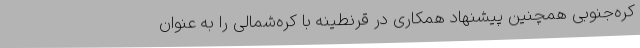
کره‌جنوبی همچنین پیشنهاد همکاری در قرنطینه با کره‌شمالی را به عنوان